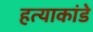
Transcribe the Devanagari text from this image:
हत्याकांडे